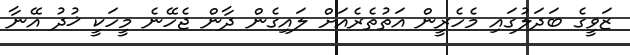
ޒަވީގެ ބަދަލުގައި މެހެރީން އަތުތެރެއަށް ލައިގެން ދާން ޖެހޭނެ މީހަކީ ޚުދު އޭނާ